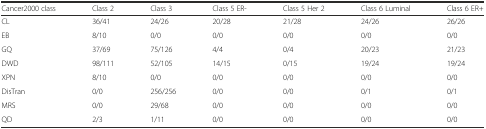
| Cancer2000 class | Class 2 | Class 3 | Class 5 ER- | Class 5 Her 2 | Class 6 Luminal | Class 6 ER+ |
 | --- | --- | --- | --- | --- | --- | --- |
 | CL | 36/41 | 24/26 | 20/28 | 21/28 | 24/26 | 26/26 |
 | EB | 8/10 | 0/0 | 0/0 | 0/0 | 0/0 | 0/0 |
 | GQ | 37/69 | 75/126 | 4/4 | 0/4 | 20/23 | 21/23 |
 | DWD | 98/111 | 52/105 | 14/15 | 0/15 | 19/24 | 19/24 |
 | XPN | 8/10 | 0/0 | 0/0 | 0/0 | 0/0 | 0/0 |
 | DisTran | 0/0 | 256/256 | 0/0 | 0/0 | 0/1 | 0/1 |
 | MRS | 0/0 | 29/68 | 0/0 | 0/0 | 0/0 | 0/0 |
 | QD | 2/3 | 1/11 | 0/0 | 0/0 | 0/0 | 0/0 |